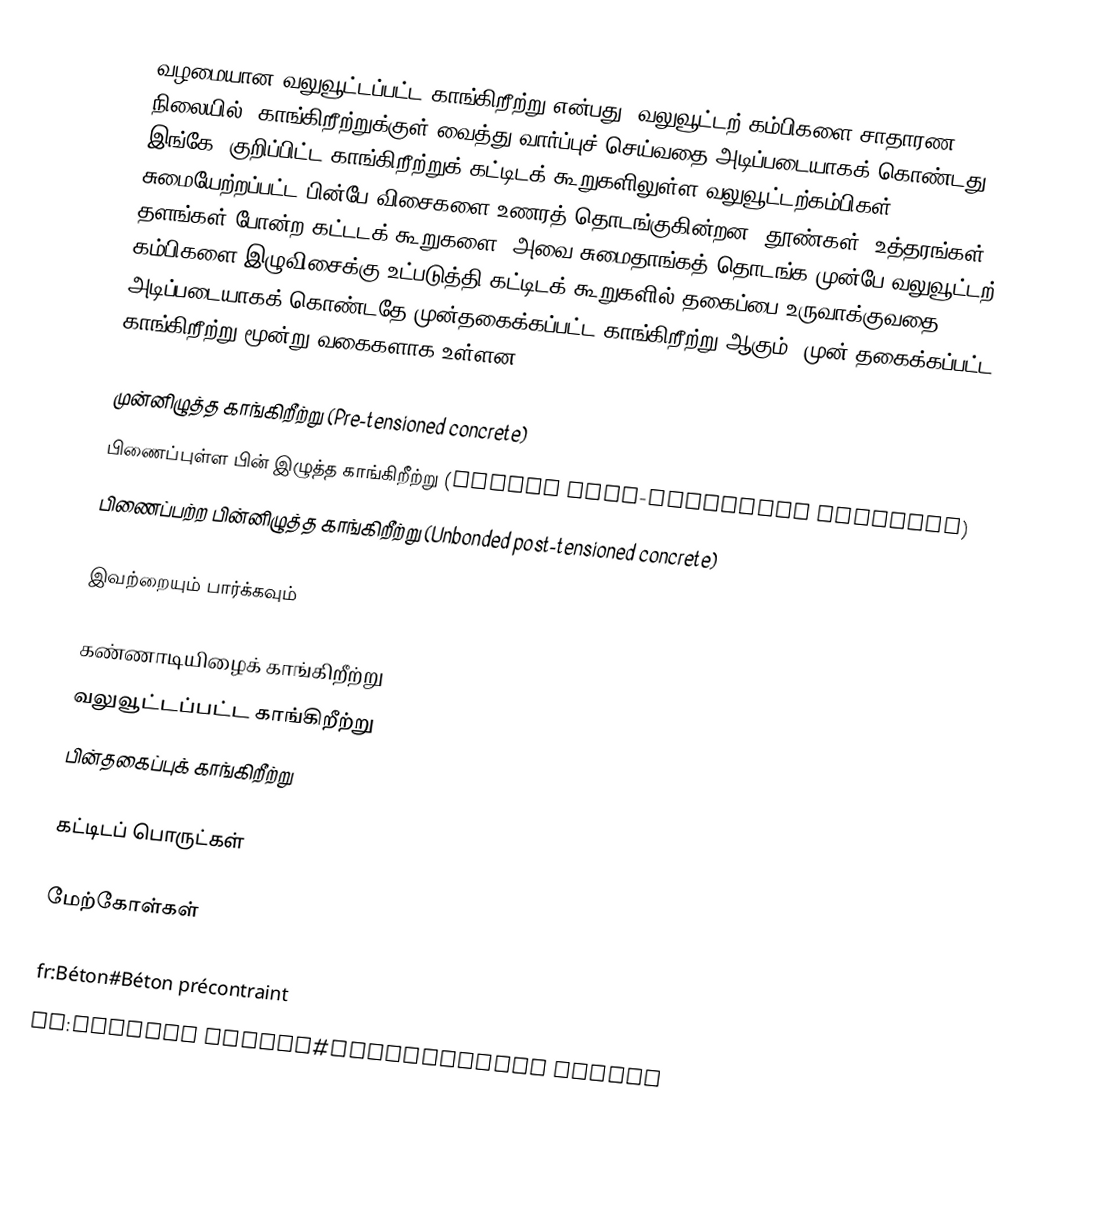
வழமையான வலுவூட்டப்பட்ட காங்கிறீற்று என்பது, வலுவூட்டற் கம்பிகளை சாதாரண நிலையில், காங்கிறீற்றுக்குள் வைத்து வார்ப்புச் செய்வதை அடிப்படையாகக் கொண்டது. இங்கே, குறிப்பிட்ட காங்கிறீற்றுக் கட்டிடக் கூறுகளிலுள்ள வலுவூட்டற்கம்பிகள், சுமையேற்றப்பட்ட பின்பே விசைகளை உணரத் தொடங்குகின்றன. தூண்கள், உத்தரங்கள், தளங்கள் போன்ற கட்டடக் கூறுகளை, அவை சுமைதாங்கத் தொடங்க முன்பே வலுவூட்டற் கம்பிகளை இழுவிசைக்கு உட்படுத்தி கட்டிடக் கூறுகளில் தகைப்பை உருவாக்குவதை அடிப்படையாகக் கொண்டதே முன்தகைக்கப்பட்ட காங்கிறீற்று ஆகும். முன் தகைக்கப்பட்ட காங்கிறீற்று மூன்று வகைகளாக உள்ளன.

 முன்னிழுத்த காங்கிறீற்று (Pre-tensioned concrete)
 பிணைப்புள்ள பின் இழுத்த காங்கிறீற்று (Bonded post-tensioned concrete)
 பிணைப்பற்ற பின்னிழுத்த காங்கிறீற்று (Unbonded post-tensioned concrete)

இவற்றையும் பார்க்கவும்

 கண்ணாடியிழைக் காங்கிறீற்று
 வலுவூட்டப்பட்ட காங்கிறீற்று
 பின்தகைப்புக் காங்கிறீற்று

கட்டிடப் பொருட்கள்

மேற்கோள்கள்

fr:Béton#Béton précontraint
sv:Armerad betong#Spännarmerad betong